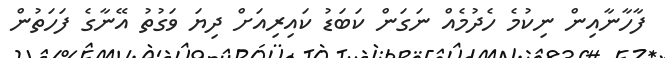
ފާހާނާއިން ނިކުމެ ހެދުމެއް ނަގަން ކަބަޑު ކައިރިއަށް ދިޔަ ވަގުތު އޭނާގެ ފަހަތުން